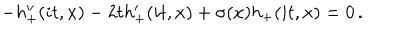
- h _ { + } ^ { \prime \prime } ( i t , x ) - 2 t h _ { + } ^ { \prime } ( i t , x ) + \sigma ( x ) h _ { + } ( i t , x ) = 0 \, .